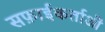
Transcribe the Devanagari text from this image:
सफ़ाईकर्ताओं